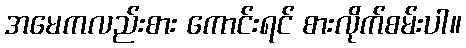
အမေကလည်းစား ကောင်းရင် စားလိုက်စမ်းပါ။